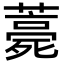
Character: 薧